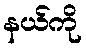
နယ်ကို